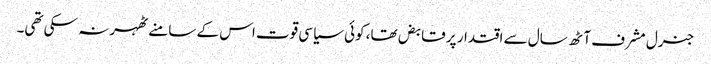
جنرل مشرف آٹھ سال سے اقتدار پر قابض تھا، کوئی سیاسی قوت اس کے سامنے ٹھہر نہ سکی تھی۔